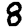
Digit: 8